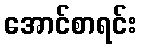
အောင်စာရင်း